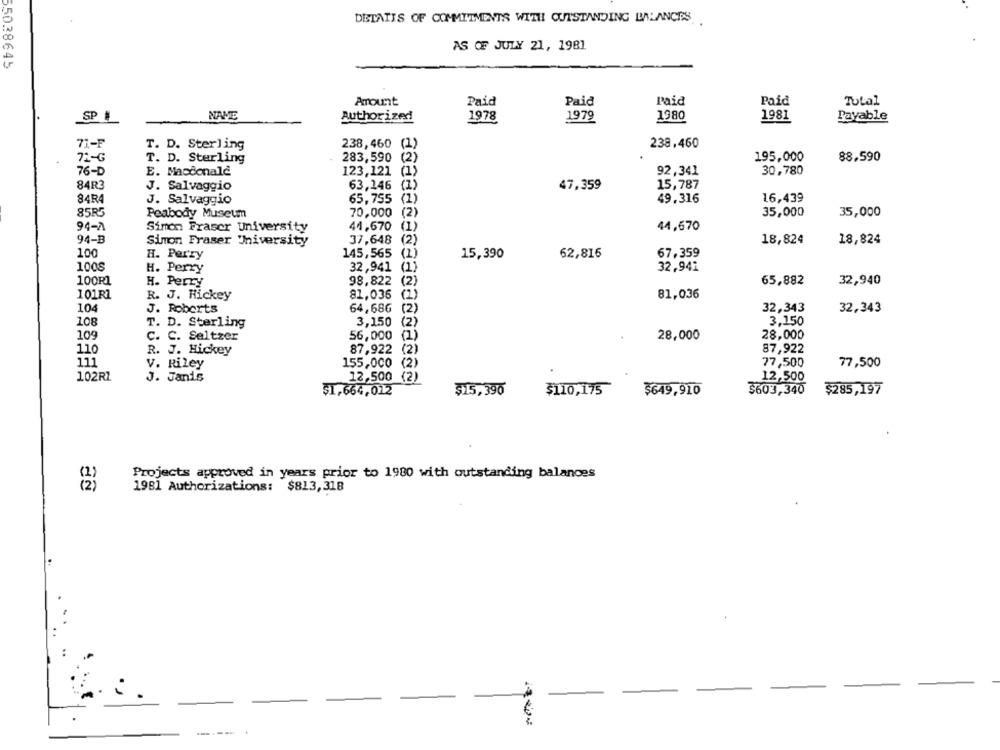
DETAIIS OF COMMITMENTS WITH OUTSTANDING BALANCES
AS OF JULY 21, 1981
55038645
Amount
Paid
Paid
Paid
Paid
Total
SP
NAME
Authorized
1978
1979
1980
1981
Payable
71-F
T. D. Sterling
238,460 (1)
238,460
283,590
195,000
88,590
72-G
T. D. Sterling
(2)
76-D
E. Macdonald
123,121
92,341
30,780
84R3
J. Salvaggio
63,146
47,359
15,787
84R4
J. Salvaggio
65,755
(2)
49.316
16,439
85R5
Peabody Museum
70,000
(2)
35,000
35,000
94-2
41,670
Simon Fraser University
44,670
94-B
37,648
(2)
18,824
18,824
Simon Fraser 'University
100
H. Perry
145,565
15,390
62,816
67,359
100S
H. Perry
32,941
32,941
100R1
H. Perry
98.822
65,882
32,940
101R1
R. J. Hickey
81,036
(2)
81,036
104
32,343
J. Roberts
64,68G
(2)
32,343
108
3,150
3.150
T. D. Sterling
(2)
109
C. C. Seltzer
56,000
28,000
28,000
110
R. J. Hickey
87,922 (2)
87,922
111
V. Riley
155,000
77,500
77,500
102RZ
J. Janis
12,500 (2)
12,500
$110,175
3603,340
$1,664,012
$15,390
$649,910
$285,197
Projects approved in years prior to 1980 with outstanding balances
1981 Authorizations: $813,318
----- .